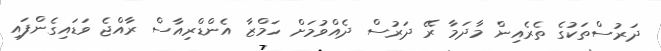
ދަރުސްތަކުގެ ތެރެއިން މާދަމާ ރޭ ދަރުސް ދެއްވުމަށް ހަމްޒާ އެންޑްރިއާސް ރާއްޖެ ވަޑައިގެންފައި